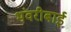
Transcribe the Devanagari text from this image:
भंवरीबाई